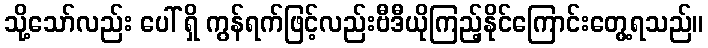
သို့သော်လည်း ပေါ် ရှိ ကွန်ရက်ဖြင့်လည်းဗီဒီယိုကြည့်နိုင်ကြောင်းတွေ့ရသည်။